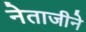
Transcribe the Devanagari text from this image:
नेताजीने